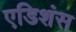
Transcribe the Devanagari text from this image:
एडिशंस